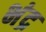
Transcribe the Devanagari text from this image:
भंद्र